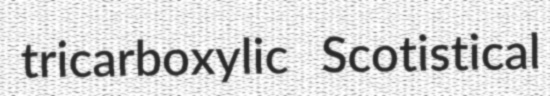
tricarboxylic Scotistical